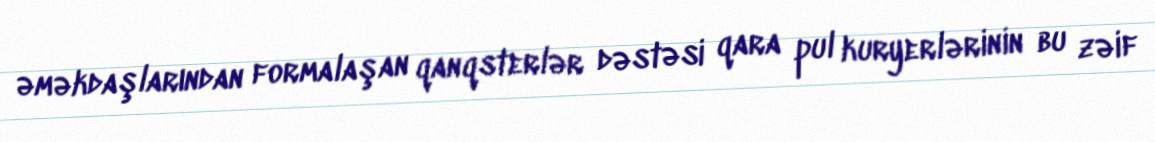
əməkdaşlarından formalaşan qanqsterlər dəstəsi qara pul kuryerlərinin bu zəif